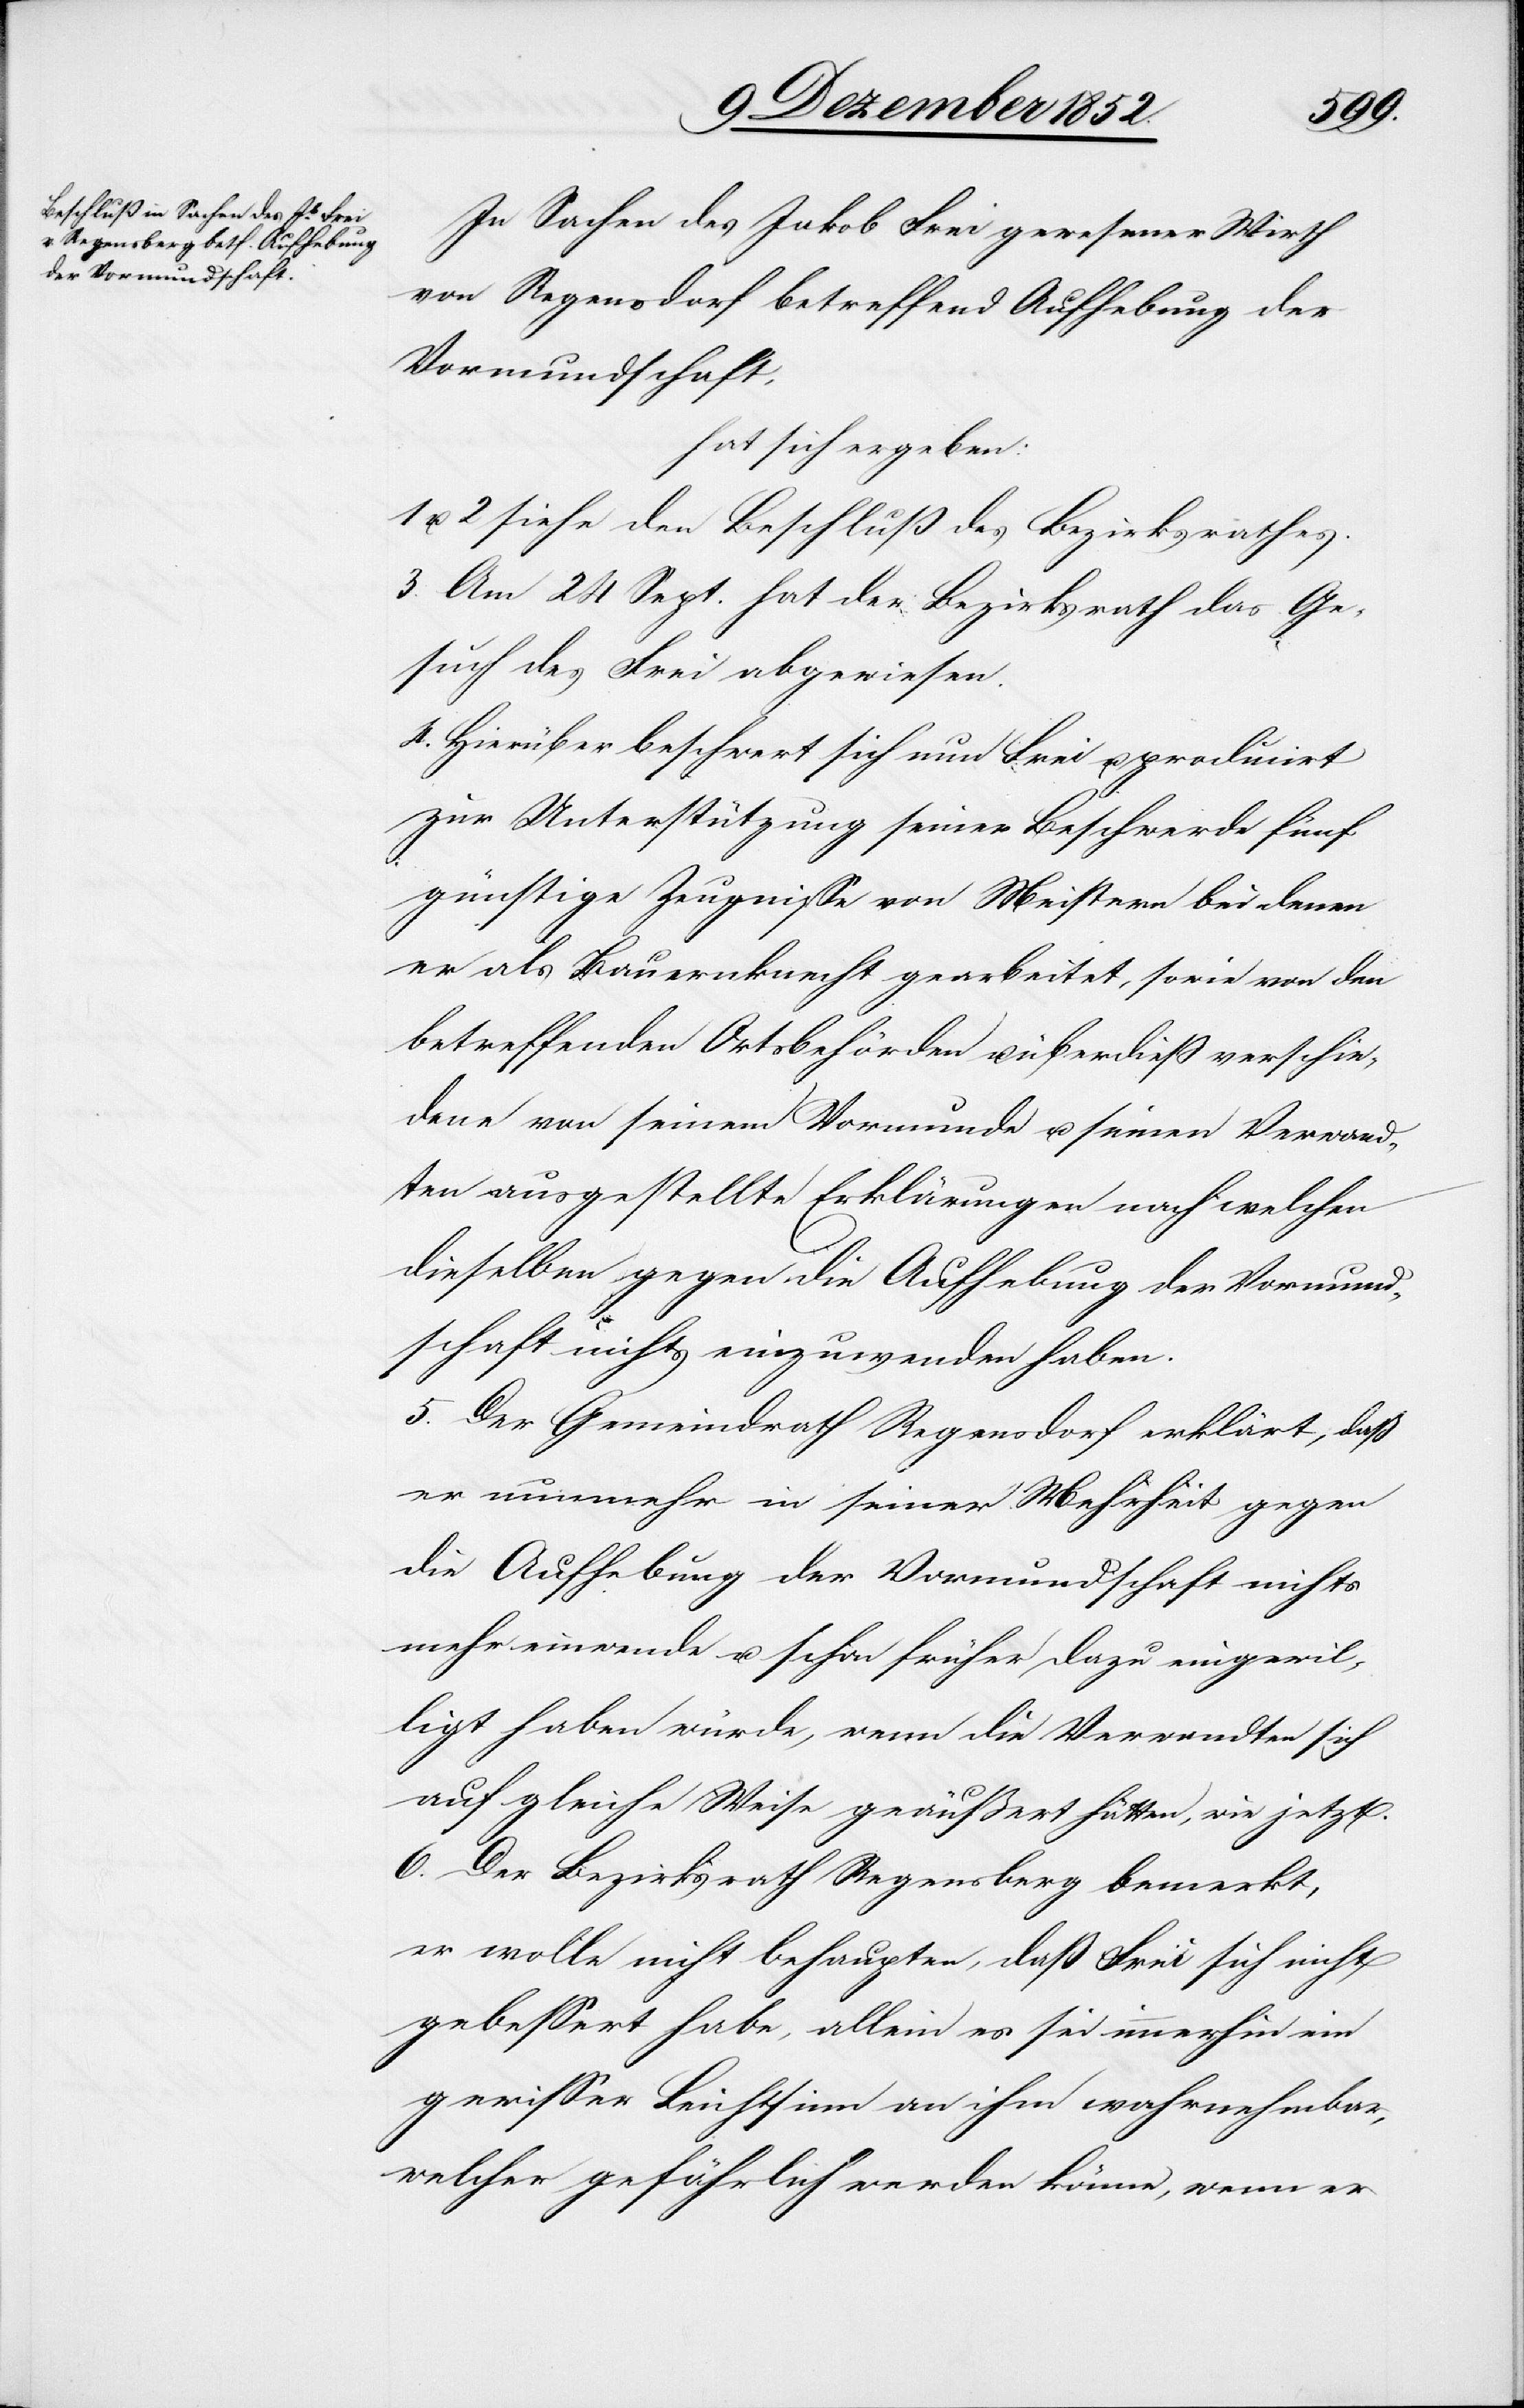
In Sachen des Jakob Frei gewesener Wirth
von Regensdorf betreffend Aufhebung der
Vormundschaft,
hat sich ergeben:
2 siehe den Beschluß des Bezirksrathes.
3. Am 24 Sept. hat der Bezirksrath das Ge¬
such des Frei abgewiesen.
4. Hierüber beschwert sich nun Frei u. producirt
zur Unterstützung seiner Beschwerde fünf
günstige Zeugnisse von Meistern bei denen
er als Bauernknecht gearbeitet, sowie von den
betreffenden Ortsbehörden u. überdieß verschie¬
dene von seinem Vormunde u. seinen Verwand¬
ten ausgestellte Erklärungen nach welchen
dieselben gegen die Aufhebung der Vormund¬
schaft nichts einzuwenden haben.
5. Der Gemeindrath Regensdorf erklärt, daß
er nunmehr in seiner Mehrheit gegen
die Aufhebung der Vormundschaft nichts
mehr einwende u. schon früher dazu eingewil¬
ligt haben würde, wenn die Verwandten sich
auf gleiche Weise geäußert hätten, wie jetzt.
6. Der Bezirksrath Regensberg bemerkt,
er wolle nicht behaupten, daß Frei sich nicht
gebessert habe, allein es sei immerhin ein
gewisser Leichtsinn an ihm wahrnehmbar,
welcher gefährlich werden könne, wenn er